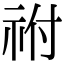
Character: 祔